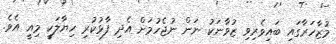
މުޒާހަރާގައި ބައިވެރިވި ޒުވާނަކު ނަން ނުޖެހުމަށް އެދި ފާޅުކުރި ހިޔާލަކީ މިއީ އެވެ.